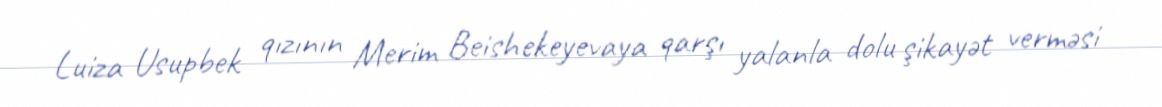
Luiza Usupbek qızının Merim Beishekeyevaya qarşı yalanla dolu şikayət verməsi